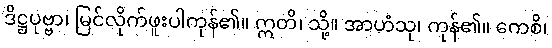
ဒိဋ္ဌပုဗ္ဗာ၊ မြင်လိုက်ဖူးပါကုန်၏။ ဣတိ၊ သို့။ အာဟံသု၊ ကုန်၏။ ကေစိ၊